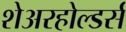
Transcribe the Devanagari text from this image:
शेअरहोल्डर्स